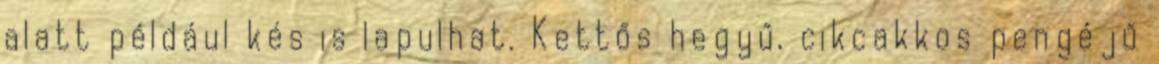
alatt például kés is lapulhat. Kettős hegyű, cikcakkos pengéjű